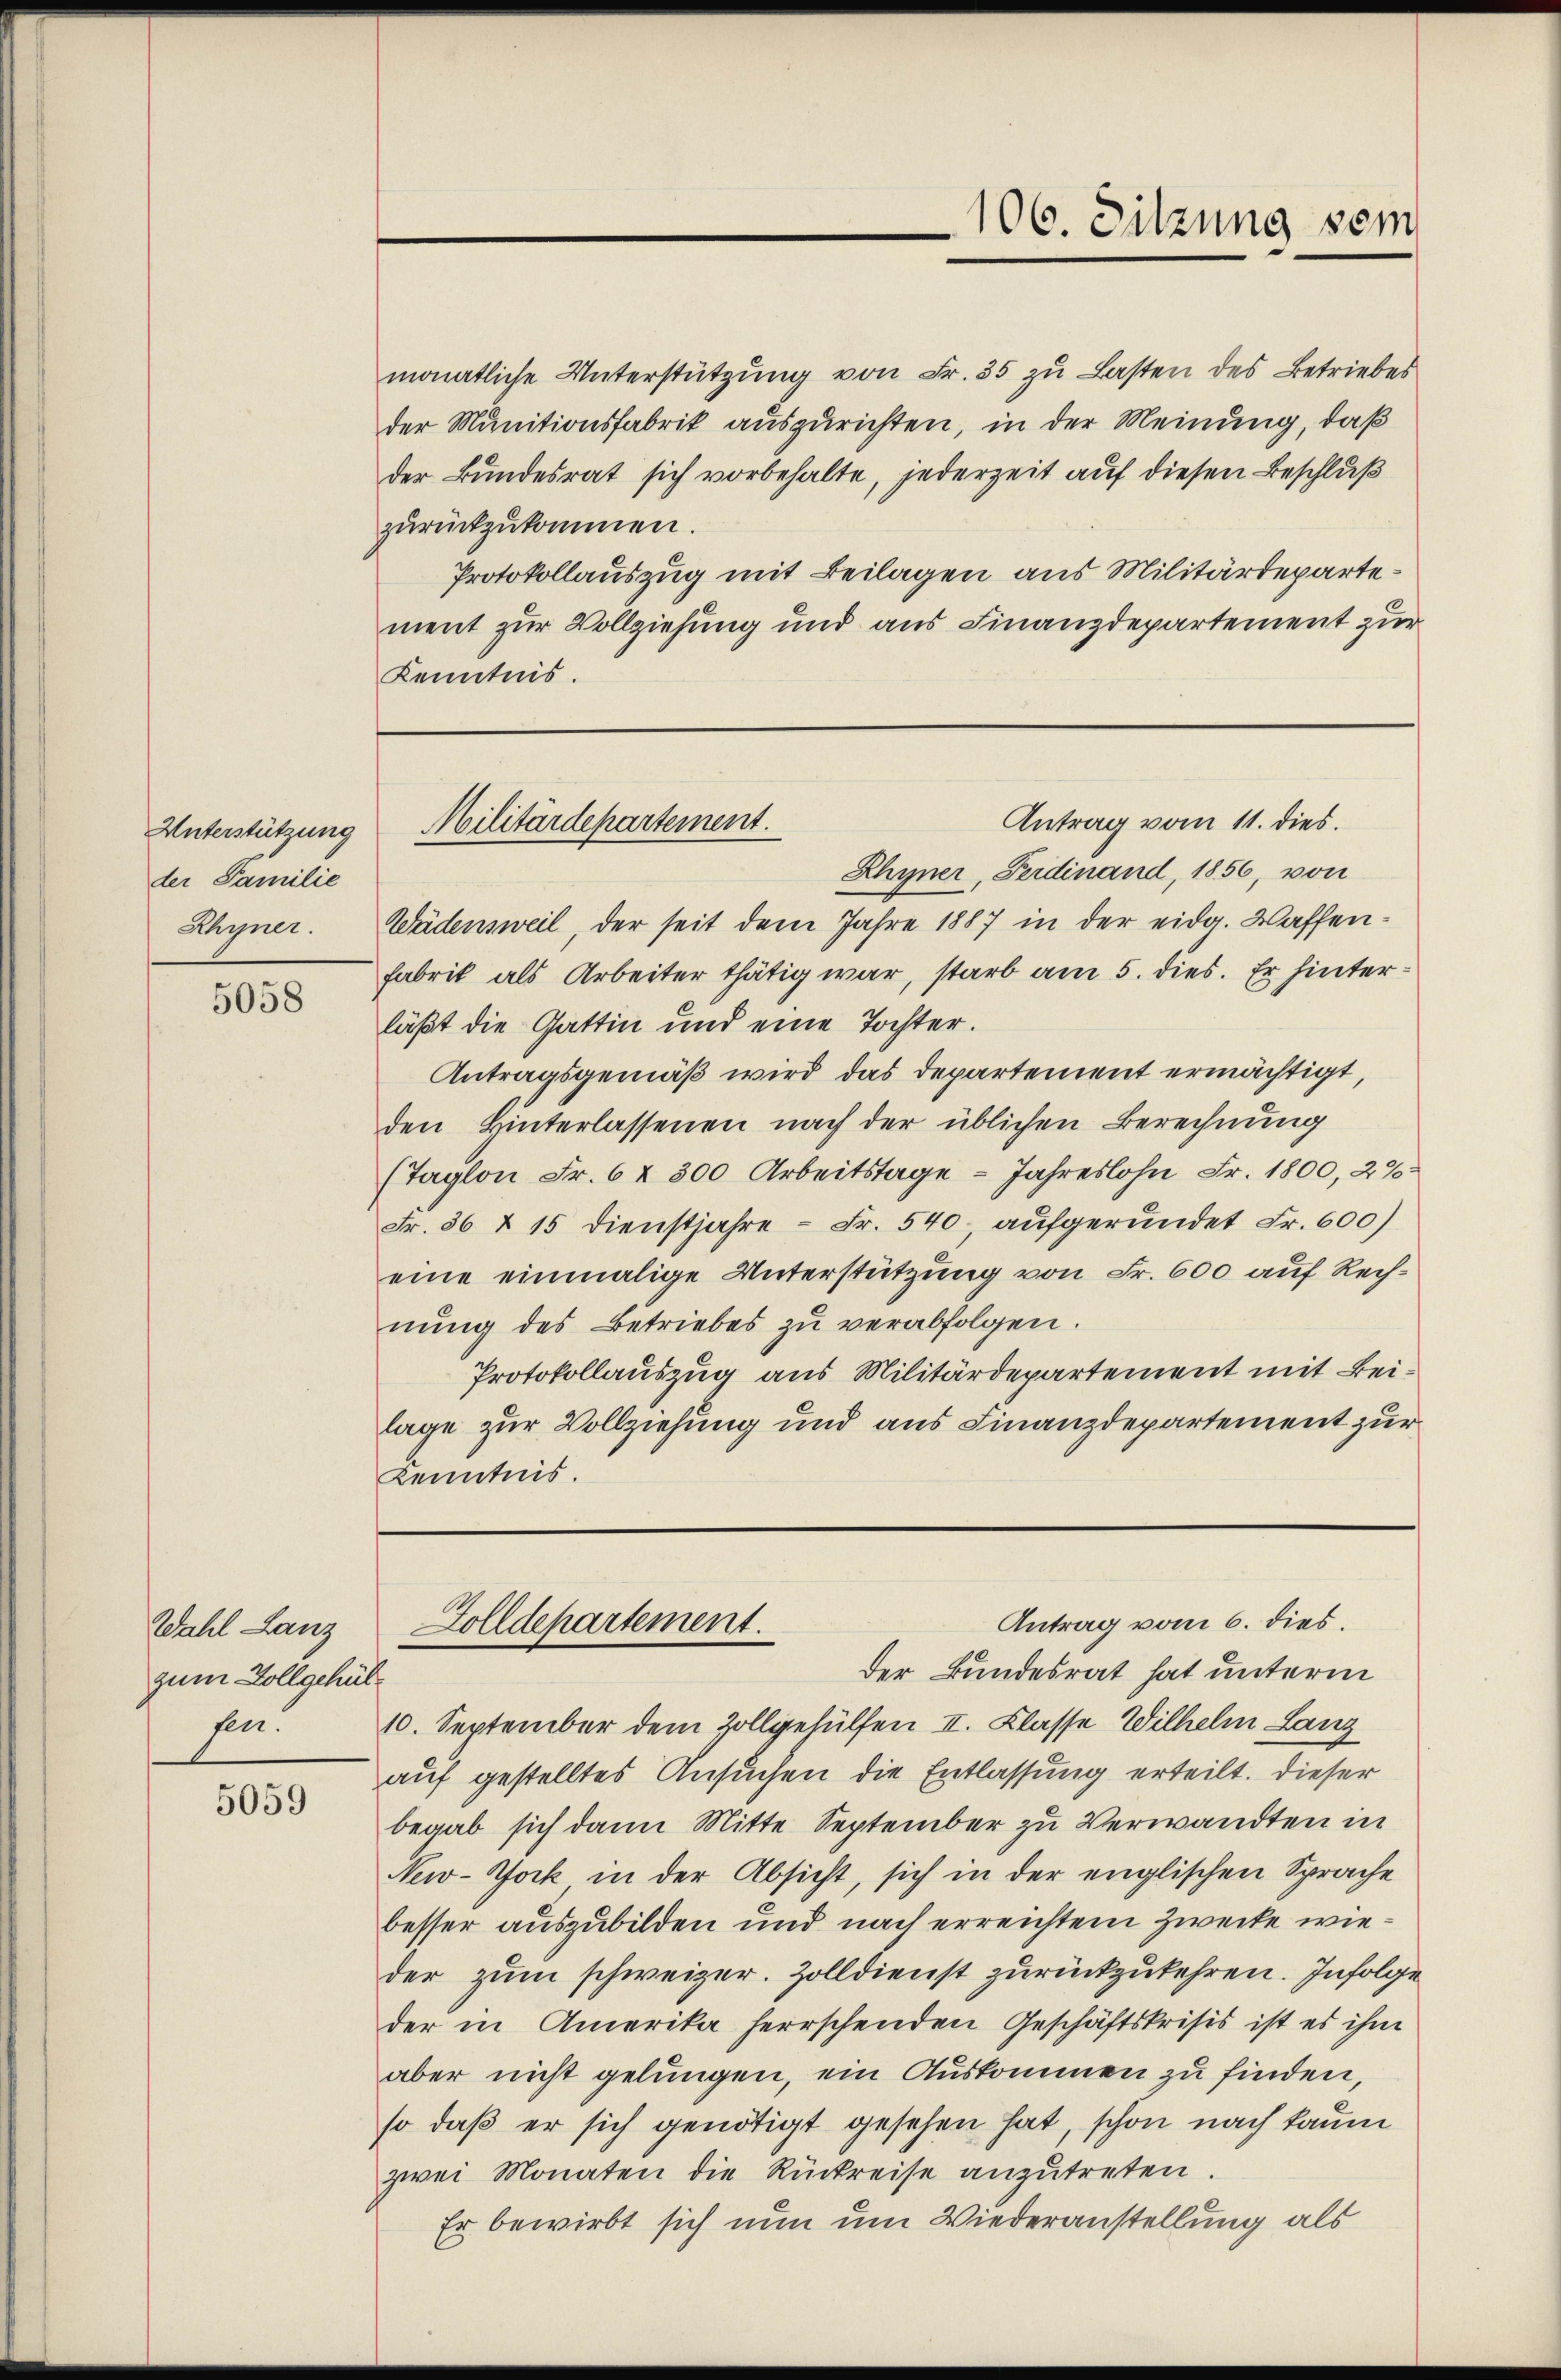
Unterstützung
der Familie
Rhyner.

5058

Wahl Lanz
zum Vollgehülsen.

5059

monatliche Unterstützung von Fr. 35 zu Lasten des Betriebes
der Munitionsfabrik auszurichten, in der Meinung, daß
der Bundesrat sich vorbehalte, jederzeit auf diesen Beschluß
zŭrückzukommen.
Protokollauszug mit Beilagen aus Militärdepartement zur Vollziehung und aus Finanzdepartement zur
Kenntnis.

Rhyner, Ferdinand, 1856, von
Wädensweil, der seit dem Jahre 1887 in der eidg. Waffenfabrik als Arbeiter thätig war, starb am 5. dies. Er hinterläßt die Gattin und eine Tochter.
Antragsgemäß wird das Departement ermächtigt,
den Hinterlassenen nach der üblichen Berechnung
(Taglon Fr. 6 & 300 Arbeitstage - Jahreslohn Fr. 1800, 2%
Fr. 36 x 15 dienstjahre - Fr. 540, aufgeründet Fr. 600)
eine einmalige Unterstützung von Fr. 600 auf Rechnŭng des Betriebes zŭ verabfolgen.
Protokollauszug aus Militärdepartement mit Beilage zur Vollziehung und aus Finanzdepartement zur
Kenntnis.

106. Sitzung sein

Antrag vom 11. dies.
Militärdepartement.

Antrag vom 6. dies.
Zolldepartement.
Der Bundesrat hat unterm

10. September dem Zollgehülfen II. Klasse Wilhelm Lanz
auf gestelltes Ansuchen die Entlassung erteilt. Dieser
begab sich dann Mitte September zu Verwandten in
New-York in der Absicht, sich in der englischen Sprache
besser auszubilden und nach erreichtem Zwecke wieder zum schweizer. Zolldienst zurückzukehren. Infolge
der in Amerika herrschenden Geschäftskrisis ist es ihm
aber nicht gelungen, ein Auskommen zu finden,
so daß er sich genötigt gesehen hat, schon nach kaum
zwei Monaten die Rückreise anzutreten.
Er bewirbt sich nun um Wiederanstellung als